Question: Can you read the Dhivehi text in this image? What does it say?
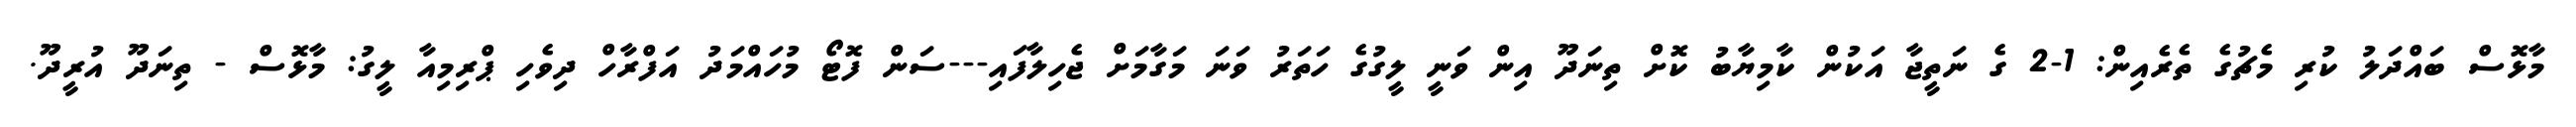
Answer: މާޅޮސް ބައްދަލު ކުރި މެޗުގެ ތެރެއިން: 1-2 ގެ ނަތީޖާ އަކުން ކާމިޔާބު ކޮށް ތިނަދޫ އިން ވަނީ ލީގުގެ ހަތަރު ވަނަ މަގާމަށް ޖެހިލާފައި---ސަން ފޮޓޯ މުހައްމަދު އަފްރާހް ދިވެހި ޕްރިމިއާ ލީގު: މާޅޮސް - ތިނަދޫ އުރީދޫ.